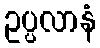
ဥပ္ပလာနံ